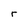
Character: r